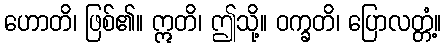
ဟောတိ၊ ဖြစ်၏။ ဣတိ၊ ဤသို့။ ဝက္ခတိ၊ ပြောလတ္တံ့။